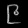
Digit: ၉